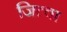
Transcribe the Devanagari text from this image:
जित्वा